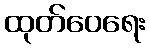
ထုတ်ဝေရေး